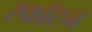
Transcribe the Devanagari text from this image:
स्कॉटन